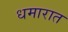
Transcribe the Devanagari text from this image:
धमारात